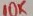
Text: 10K